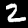
Digit: 2